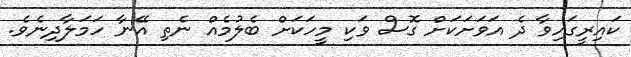
ކައިރީގައިވާ ދެ އަވަށަކަށް ގޮސް ވަކި މީހަކަށް ބެލުމެއް ނެތި އޭނާ ހަމަލާދިނެވެ.